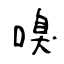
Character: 嗅